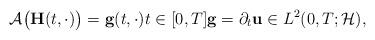
LaTeX: \begin{align*}\mathcal{A}\big(\mathbf{H}(t, \cdot)\big) = \mathbf{g}(t, \cdot) t \in [0, T] \mathbf{g} = \partial_{t} \mathbf{u} \in L^{2}(0, T; \mathcal{H}), \end{align*}